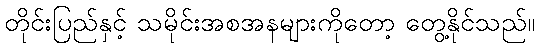
တိုင်းပြည်နှင့် သမိုင်းအစအနများကိုတော့ တွေ့နိုင်သည်။